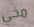
مخي